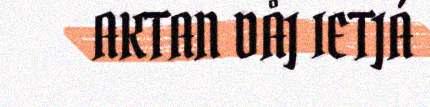
AKTAN DÅJ IETJÁ